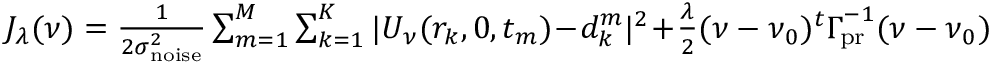
\begin{array} { r } { J _ { \lambda } ( \ensuremath { \boldsymbol \nu } ) = { \frac { 1 } { 2 \sigma _ { \mathrm { n o i s e } } ^ { 2 } } } \sum _ { m = 1 } ^ { M } \sum _ { k = 1 } ^ { K } | U _ { \boldsymbol \nu } ( r _ { k } , 0 , t _ { m } ) \! - \! d _ { k } ^ { m } | ^ { 2 } \! + \! { \frac { \lambda } { 2 } } ( \boldsymbol \nu - \ensuremath { \boldsymbol \nu } _ { 0 } ) ^ { t } \ensuremath { \boldsymbol \Gamma _ { \! \mathrm { { p r } } } } ^ { - 1 } ( \boldsymbol \nu - \ensuremath { \boldsymbol \nu } _ { 0 } ) } \end{array}